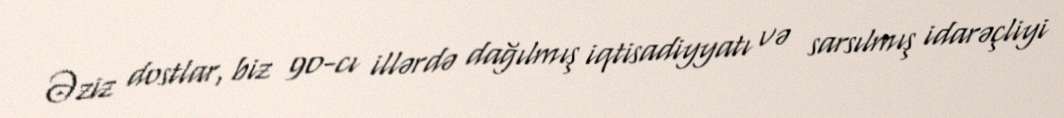
Əziz dostlar, biz 90-cı illərdə dağılmış iqtisadiyyatı və sarsılmış idarəçliyi